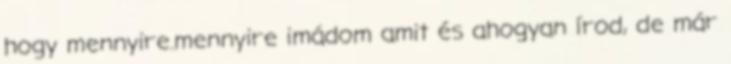
hogy mennyire.mennyire imádom amit és ahogyan írod, de már